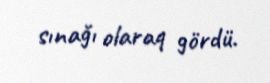
sınağı olaraq gördü.